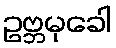
ဥဗ္ဘမုခေါ